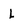
Character: L